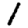
Digit: 1